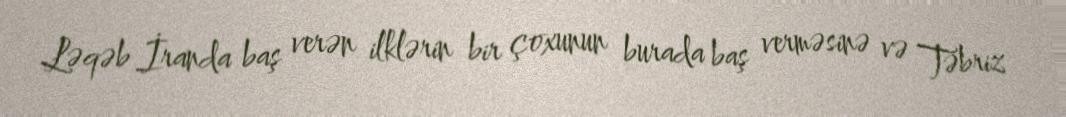
Ləqəb İranda baş verən ilklərin bir çoxunun burada baş verməsinə və Təbriz